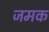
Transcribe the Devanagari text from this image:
जमक